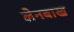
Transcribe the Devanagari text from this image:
लेनबाख